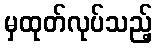
မှထုတ်လုပ်သည့်